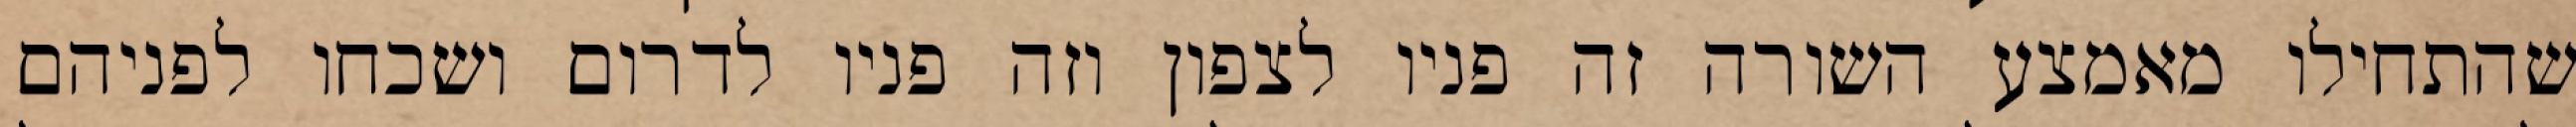
שהתחילו מאמצע השורה זה פניו לצפון וזה פניו לדרום ושכחו לפניהם